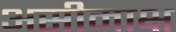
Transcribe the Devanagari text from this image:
असीमाक्ष